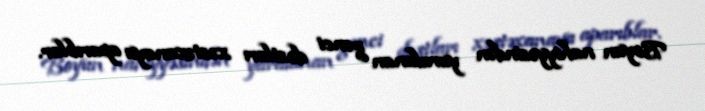
Boyun nahiyyəsindən yaralanan gənci dostları xəstəxanaya aparıblar.